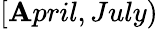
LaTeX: [\mathbf{A}pril,July)